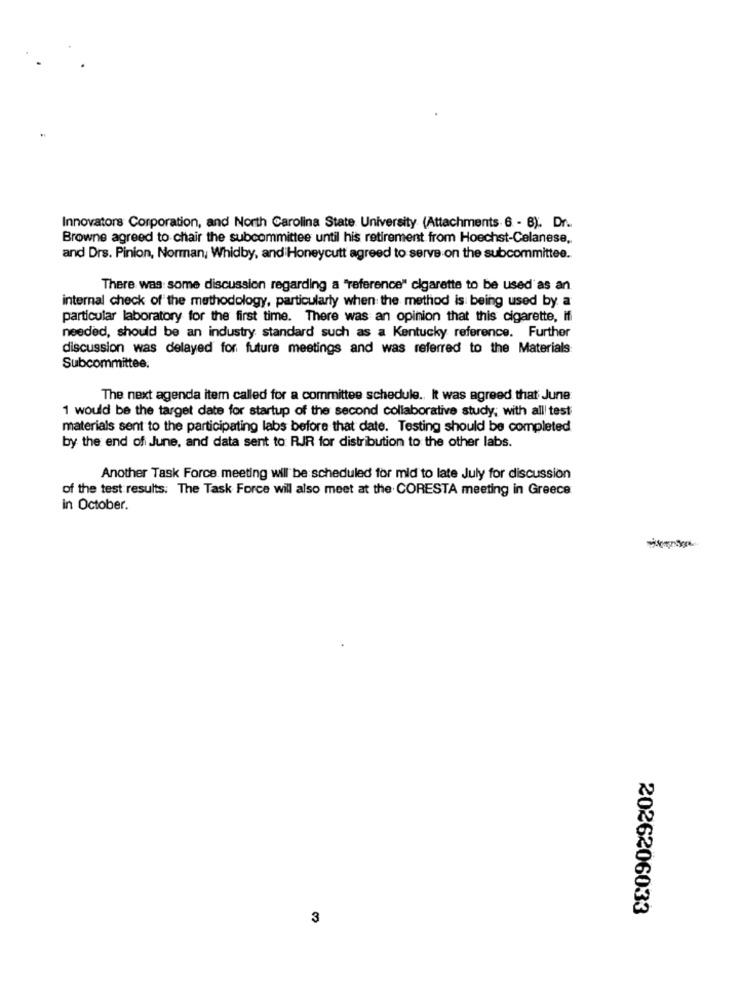
Innovators Corporation, and North Carolina State University (Attachments 6 - 8). Dr ..
Browne agreed to chair the subcommittee until his retirement from Hoechst-Celanese,
and Drs. Pinion, Norman, Whidby, and Honeycutt agreed to serve on the subcommittee.
There was some discussion regarding a "reference" cigarette to be used as an
internal check of the methodology, particularly when the method is being used by a
particular laboratory for the first time. There was an opinion that this cigarette, if
needed, should be an industry standard such as a Kentucky reference. Further
discussion was delayed for future meetings and was referred to the Materials
Subcommittee.
The next agenda item called for a committee schedule .. It was agreed that June
1 would be the target date for startup of the second collaborative study; with all test
materials sent to the participating labs before that date. Testing should be completed
by the end of June, and data sent to RJR for distribution to the other labs.
Another Task Force meeting will be scheduled for mid to late July for discussion
of the test results: The Task Force will also meet at the CORESTA meeting in Greece
in October.
2026206033
3